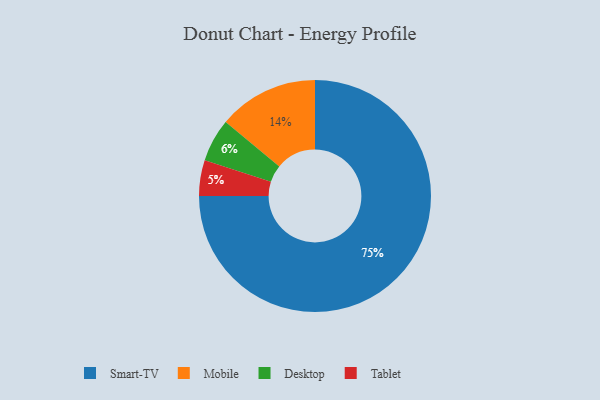
{"axis": {"x": "Category", "y": "Percentage"}, "legend": ["Desktop", "Mobile", "Smart-TV", "Tablet"], "data": [{"x": "Desktop", "y": 6, "type": "Desktop"}, {"x": "Smart-TV", "y": 75, "type": "Smart-TV"}, {"x": "Mobile", "y": 14, "type": "Mobile"}, {"x": "Tablet", "y": 5, "type": "Tablet"}]}